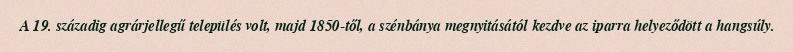
A 19. századig agrárjellegű település volt, majd 1850-től, a szénbánya megnyitásától kezdve az iparra helyeződött a hangsúly.